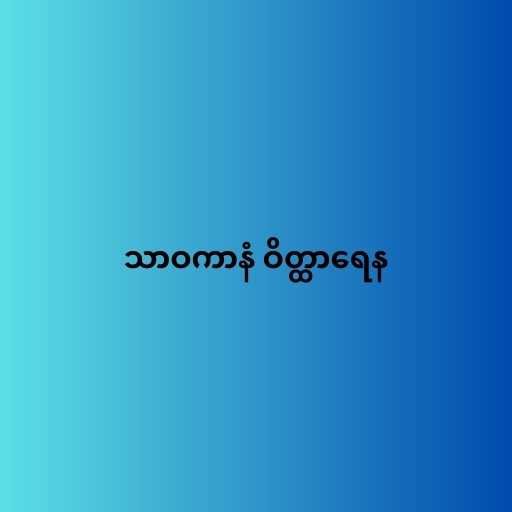
သာဝကာနံ ဝိတ္ထာရေန